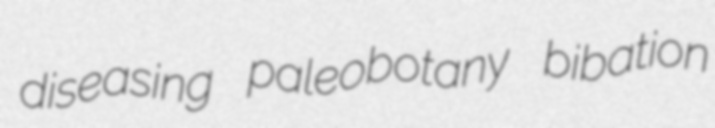
diseasing paleobotany bibation